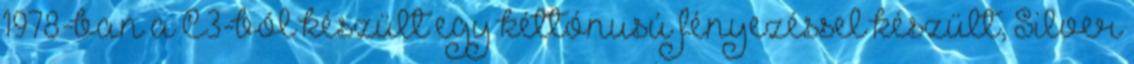
1978-ban a C3-ból készült egy kéttónusú fényezéssel készült, Silver